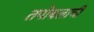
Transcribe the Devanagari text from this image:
तपोबलाची